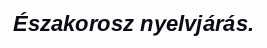
Északorosz nyelvjárás.